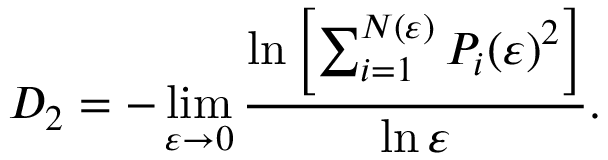
D _ { 2 } = - \operatorname* { l i m } _ { \varepsilon \to 0 } \frac { \ln \left[ \sum _ { i = 1 } ^ { N ( \varepsilon ) } P _ { i } ( \varepsilon ) ^ { 2 } \right] } { \ln { \varepsilon } } .